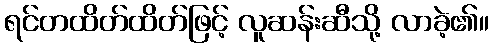
ရင်တထိတ်ထိတ်ဖြင့် လူဆန်းဆီသို့ လာခဲ့၏။